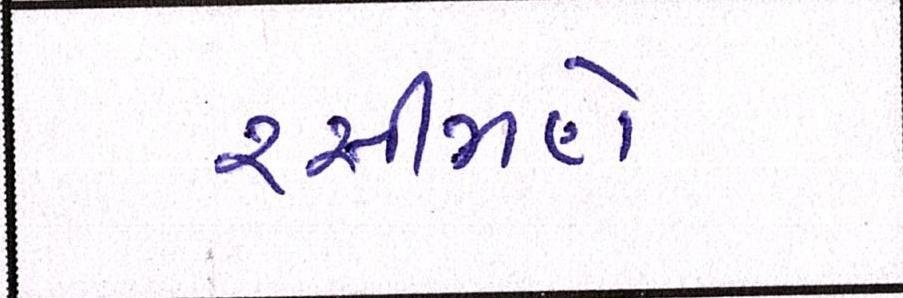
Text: રસીમણે